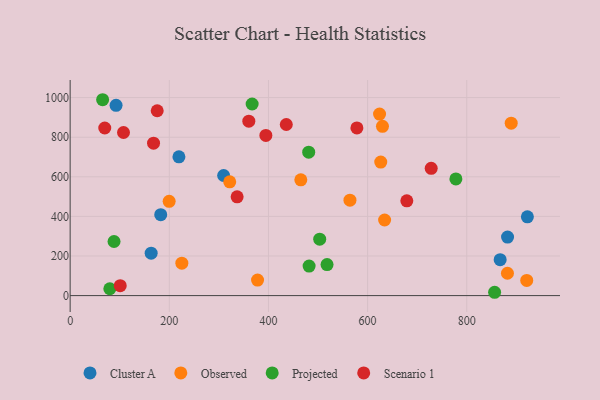
{"axis": {"x": "Ad Spend", "y": "Fuel Efficiency"}, "legend": ["Cluster A", "Observed", "Projected", "Scenario 1"], "data": [{"x": "182.7", "y": 408.8, "type": "Cluster A"}, {"x": "219.4", "y": 700.6, "type": "Cluster A"}, {"x": "163.4", "y": 214.5, "type": "Cluster A"}, {"x": "922.3", "y": 397.7, "type": "Cluster A"}, {"x": "867.4", "y": 181.5, "type": "Cluster A"}, {"x": "882.3", "y": 295.8, "type": "Cluster A"}, {"x": "309.6", "y": 606.6, "type": "Cluster A"}, {"x": "92.6", "y": 960.8, "type": "Cluster A"}, {"x": "634.3", "y": 381.7, "type": "Observed"}, {"x": "225.3", "y": 163.9, "type": "Observed"}, {"x": "630.0", "y": 854.8, "type": "Observed"}, {"x": "626.5", "y": 674.3, "type": "Observed"}, {"x": "378.0", "y": 78.5, "type": "Observed"}, {"x": "321.9", "y": 574.6, "type": "Observed"}, {"x": "882.1", "y": 113.0, "type": "Observed"}, {"x": "199.7", "y": 475.9, "type": "Observed"}, {"x": "624.1", "y": 916.7, "type": "Observed"}, {"x": "465.3", "y": 584.5, "type": "Observed"}, {"x": "921.0", "y": 76.7, "type": "Observed"}, {"x": "564.4", "y": 481.9, "type": "Observed"}, {"x": "889.7", "y": 870.9, "type": "Observed"}, {"x": "503.4", "y": 285.1, "type": "Projected"}, {"x": "65.5", "y": 989.2, "type": "Projected"}, {"x": "856.2", "y": 16.8, "type": "Projected"}, {"x": "778.1", "y": 589.3, "type": "Projected"}, {"x": "80.0", "y": 34.5, "type": "Projected"}, {"x": "367.1", "y": 967.7, "type": "Projected"}, {"x": "88.5", "y": 273.2, "type": "Projected"}, {"x": "481.2", "y": 724.1, "type": "Projected"}, {"x": "482.0", "y": 149.1, "type": "Projected"}, {"x": "518.2", "y": 156.7, "type": "Projected"}, {"x": "679.1", "y": 478.4, "type": "Scenario 1"}, {"x": "728.3", "y": 642.9, "type": "Scenario 1"}, {"x": "168.2", "y": 769.9, "type": "Scenario 1"}, {"x": "578.4", "y": 846.6, "type": "Scenario 1"}, {"x": "394.8", "y": 809.0, "type": "Scenario 1"}, {"x": "101.0", "y": 50.3, "type": "Scenario 1"}, {"x": "107.6", "y": 823.7, "type": "Scenario 1"}, {"x": "436.0", "y": 864.0, "type": "Scenario 1"}, {"x": "175.6", "y": 933.5, "type": "Scenario 1"}, {"x": "360.4", "y": 881.1, "type": "Scenario 1"}, {"x": "69.8", "y": 846.3, "type": "Scenario 1"}, {"x": "336.8", "y": 498.9, "type": "Scenario 1"}]}